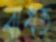
বাধত